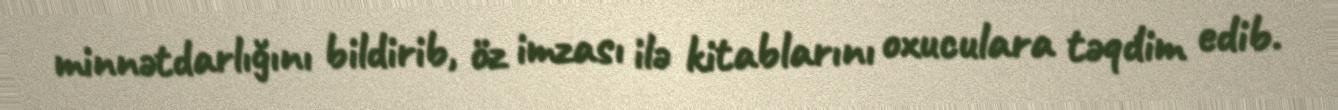
minnətdarlığını bildirib, öz imzası ilə kitablarını oxuculara təqdim edib.